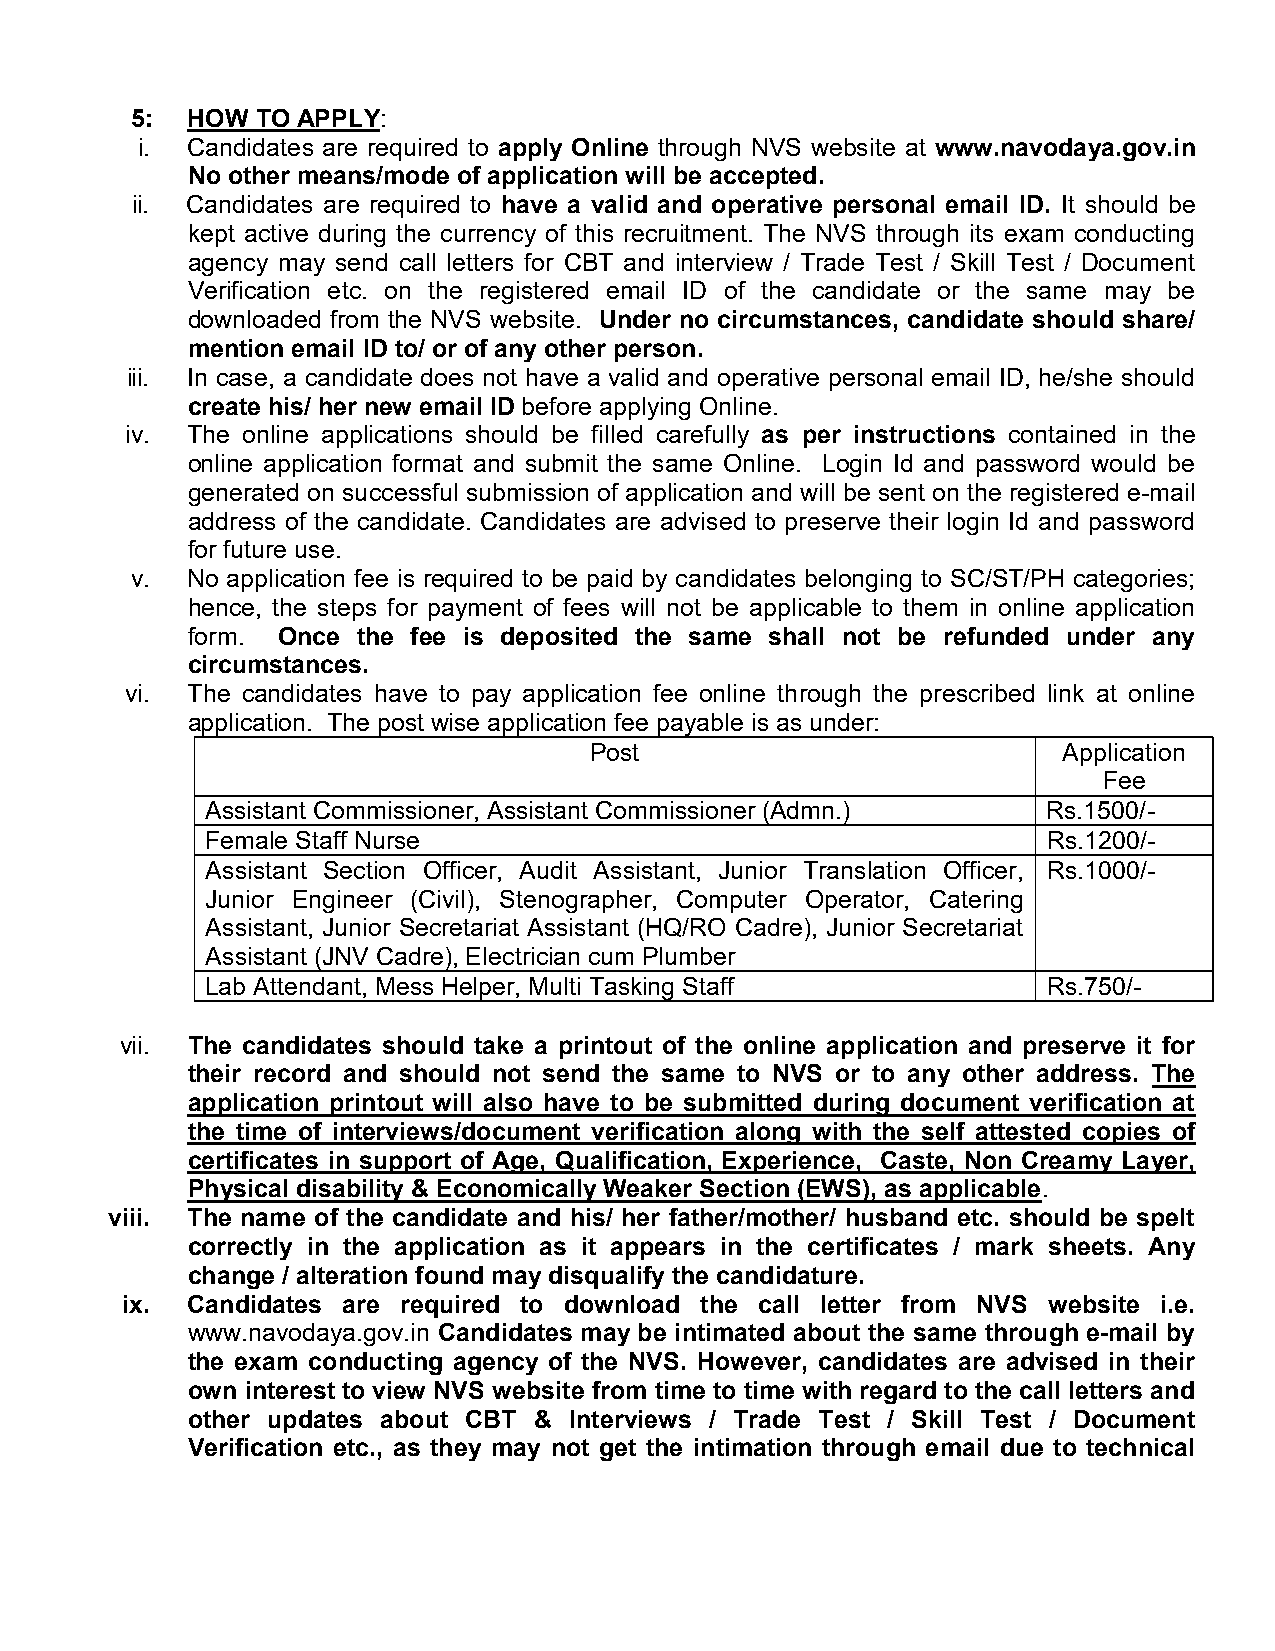
5: HOW TO APPLY :
 i. Candidates are required to apply Online through NVS website at www.navodaya.gov.in
 No other means/mode of application will be accepted.
 ii. Candidates are required to have a valid and operative personal email ID. It should be
 kept active during the currency of this recruitment. The NVS through its exam conducting
 agency may send call letters for CBT and interview / Trade Test / Skill Test / Document
 Verification etc. on the registered email ID of the candidate or the same may be
 downloaded from the NVS website. Under no circumstances, candidate should share/
 mention email ID to/ or of any other person.
 iii. In case, a candidate does not have a valid and operative personal email ID, he/she should
 create his/ her new email ID before applying Online.
 iv. The online applications should be filled carefully as per instructions contained in the
 online application format and submit the same Online. Login Id and password would be
 generated on successful submission of application and will be sent on the registered e-mail
 address of the candidate. Candidates are advised to preserve their login Id and password
 for future use.
 v. No application fee is required to be paid by candidates belonging to SC/ST/PH categories;
 hence, the steps for payment of fees will not be applicable to them in online application
 form. Once the fee is deposited the same shall not be refunded under any
 circumstances.
 vi. The candidates have to pay application fee online through the prescribed link at online
 application. The post wise application fee payable is as under:
 Post                          Application
 Fee
 Assistant Commissioner, Assistant Commissioner (Admn.) Rs.1500/-
 Female Staff Nurse                             Rs.1200/-
 Assistant Section Officer, Audit Assistant, Junior Translation Officer, Rs.1000/-
 Junior Engineer (Civil), Stenographer, Computer Operator, Catering
 Assistant, Junior Secretariat Assistant (HQ/RO Cadre), Junior Secretariat
 Assistant (JNV Cadre), Electrician cum Plumber
 Lab Attendant, Mess Helper, Multi Tasking Staff Rs.750/-
 vii. The candidates should take a printout of the online application and preserve it for
 their record and should not send the same to NVS or to any other address. The
 application printout will also have to be submitted during document verification at
 the time of interviews/document verification along with the self attested copies of
 certificates in support of Age, Qualification, Experience, Caste, Non Creamy Layer,
 Physical disability & Economically Weaker Section (EWS), as applicable .
 viii. The name of the candidate and his/ her father/mother/ husband etc. should be spelt
 correctly in the application as it appears in the certificates / mark sheets. Any
 change / alteration found may disqualify the candidature.
 ix. Candidates are required to download the call letter from NVS website i.e.
 www.navodaya.gov.in Candidates may be intimated about the same through e-mail by
 the exam conducting agency of the NVS. However, candidates are advised in their
 own interest to view NVS website from time to time with regard to the call letters and
 other updates about CBT & Interviews / Trade Test / Skill Test / Document
 Verification etc., as they may not get the intimation through email due to technical